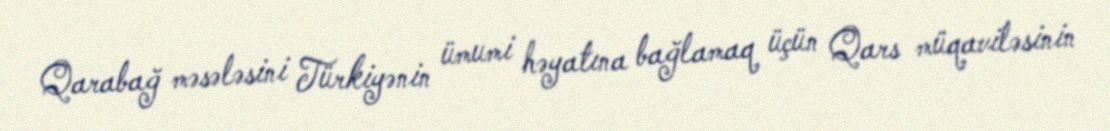
Qarabağ məsələsini Türkiyənin ümumi həyatına bağlamaq üçün Qars müqaviləsinin